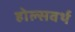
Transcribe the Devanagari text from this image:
होल्सवर्थ